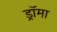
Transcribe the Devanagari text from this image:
ड्रॉमा